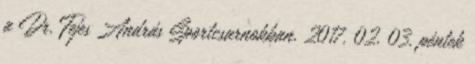
a Dr. Fejes András Sportcsarnokban. 2017. 02. 03. péntek